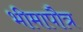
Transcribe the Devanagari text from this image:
भीमापौत्र